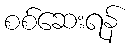
စစ်ဆေးရန်